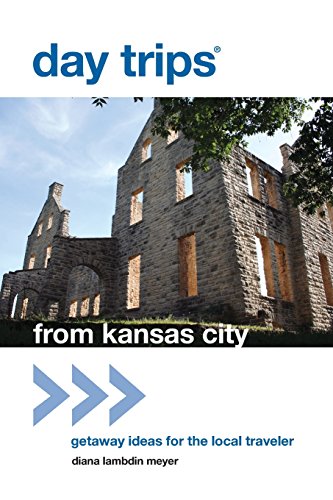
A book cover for Day TripsÂ® from Kansas City: Getaway Ideas For The Local Traveler (Day Trips Series); Diana Lambdin Meyer; Travel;